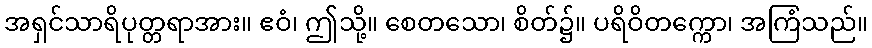
အရှင်သာရိပုတ္တရာအား။ ဧဝံ၊ ဤသို့။ စေတသော၊ စိတ်၌။ ပရိဝိတက္ကော၊ အကြံသည်။